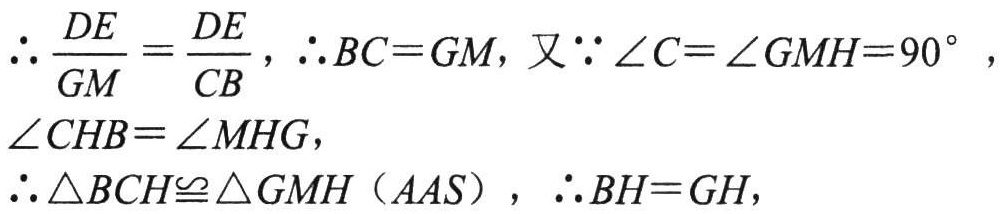
\(\therefore \frac{DE}{GM}=\frac{DE}{CB},\therefore BC = GM,又\because \angle C=\angle GMH = 90^{\circ},\)

\(\angle CHB=\angle MHG,\)

\(\therefore \triangle BCH\cong \triangle GMH(AAS),\therefore BH = GH,\)